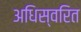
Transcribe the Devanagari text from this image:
अधिस्वरित